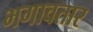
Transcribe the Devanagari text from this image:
भगावतार